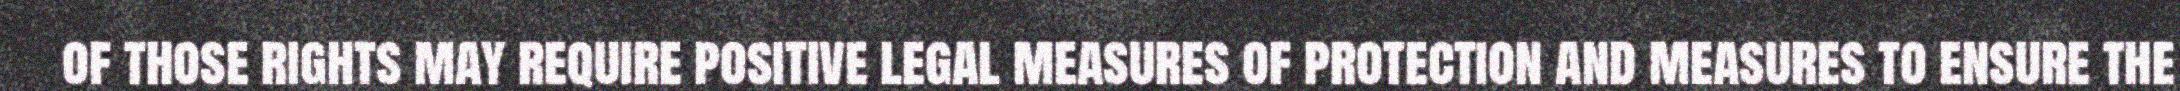
of those rights may require positive legal measures of protection and measures to ensure the